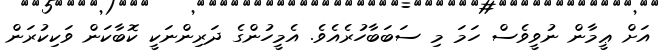
އަށް ޢީމާން ނުވީވެސް ހަމަ މި ސަބަބާހުރެއެވެ. އެމީހުންގެ ދަރިންނަކީ ކޮބާކަން ވަކިކުރަން